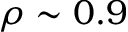
\rho \sim 0 . 9